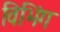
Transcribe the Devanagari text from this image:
विभिंग